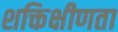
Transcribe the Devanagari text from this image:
शक्तिक्षीणता